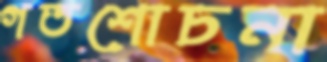
গতশোচনা